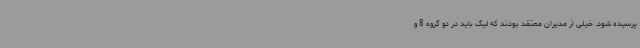
پرسیده شود. خیلی از مدیران معتقد بودند که لیگ باید در دو گروه 8 و